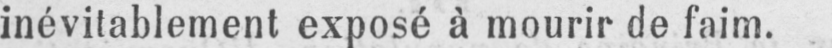
inévitablement exposé à mourir de faim.